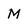
Character: M